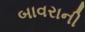
બાવરાની